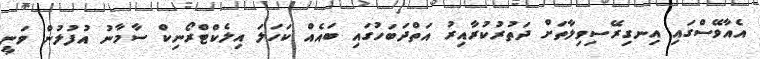
އެއާވޭސްގައި އިނގިރޭސިވިލާތަށް ދަތުރުކުރާއިރު އަތްދަބަހުގައި ބައެއް ކަހަލަ އިލެކްޓްރޯނިކް ސާމާނު އުފުލުން ވަނީ